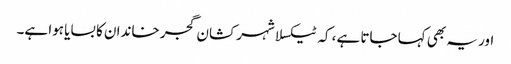
اور یہ بھی کہا جاتا ہے، کہ ٹیکسلا شہر کشان گجر خاندان کا بسایا ہوا ہے۔